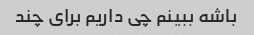
باشه ببینم چی داریم برای چند